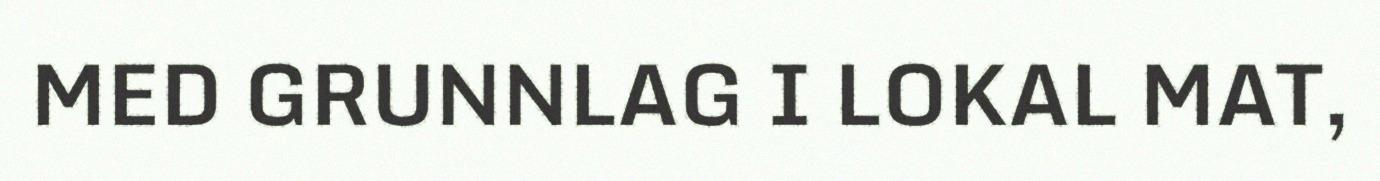
MED GRUNNLAG I LOKAL MAT,